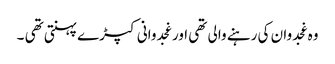
وہ غجدوان کی رہنے والی تھی اور غجدوانی کپڑے پہنتی تھی ۔